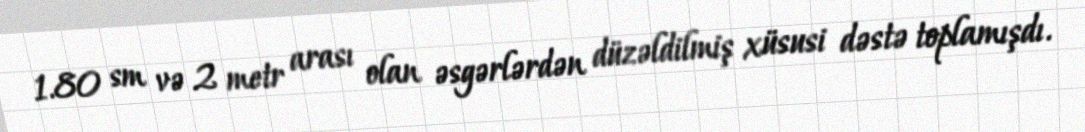
1.80 sm və 2 metr arası olan əsgərlərdən düzəldilmiş xüsusi dəstə toplamışdı.